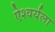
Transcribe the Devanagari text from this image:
ऐश्वर्यला